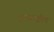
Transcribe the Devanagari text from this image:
इस्त्राईल